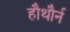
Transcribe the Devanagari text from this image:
हौथौर्न